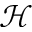
\mathcal { H }